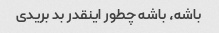
باشه، باشه چطور اینقدر بد بریدی